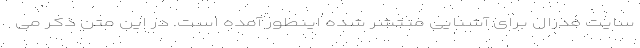
سایت فدرال برای آشنایی منتشر شده اینطور آمده است. در این متن ذکر می